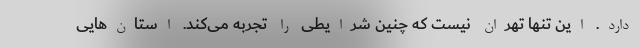
دارد. این تنها تهران نیست که چنین شرایطی را تجربه می‌کند. استان‌هایی